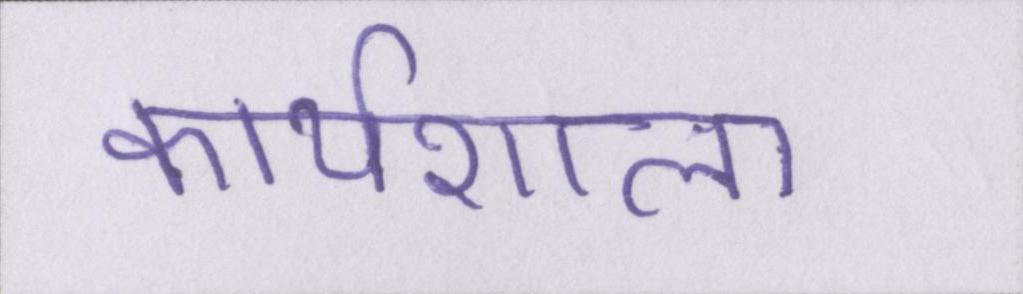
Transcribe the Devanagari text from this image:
कार्यशाला